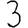
Digit: 3